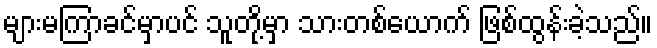
များမကြာခင်မှာပင် သူတို့မှာ သားတစ်ယောက် ဖြစ်ထွန်းခဲ့သည်။